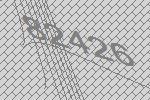
82426